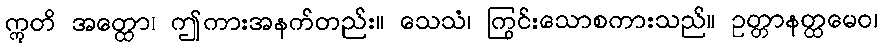
ဣတိ အတ္ထော၊ ဤကားအနက်တည်း။ သေသံ၊ ကြွင်းသောစကားသည်။ ဥတ္တာနတ္ထမေဝ၊